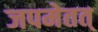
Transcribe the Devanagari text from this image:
जपमेतत्